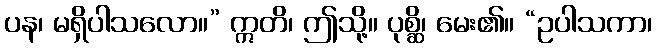
ပန၊ မရှိပါသလော။” ဣတိ၊ ဤသို့။ ပုစ္ဆိ၊ မေး၏။ “ဥပါသကာ၊